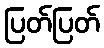
ပြတ်ပြတ်